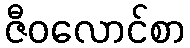
ဇီဝလောင်စာ